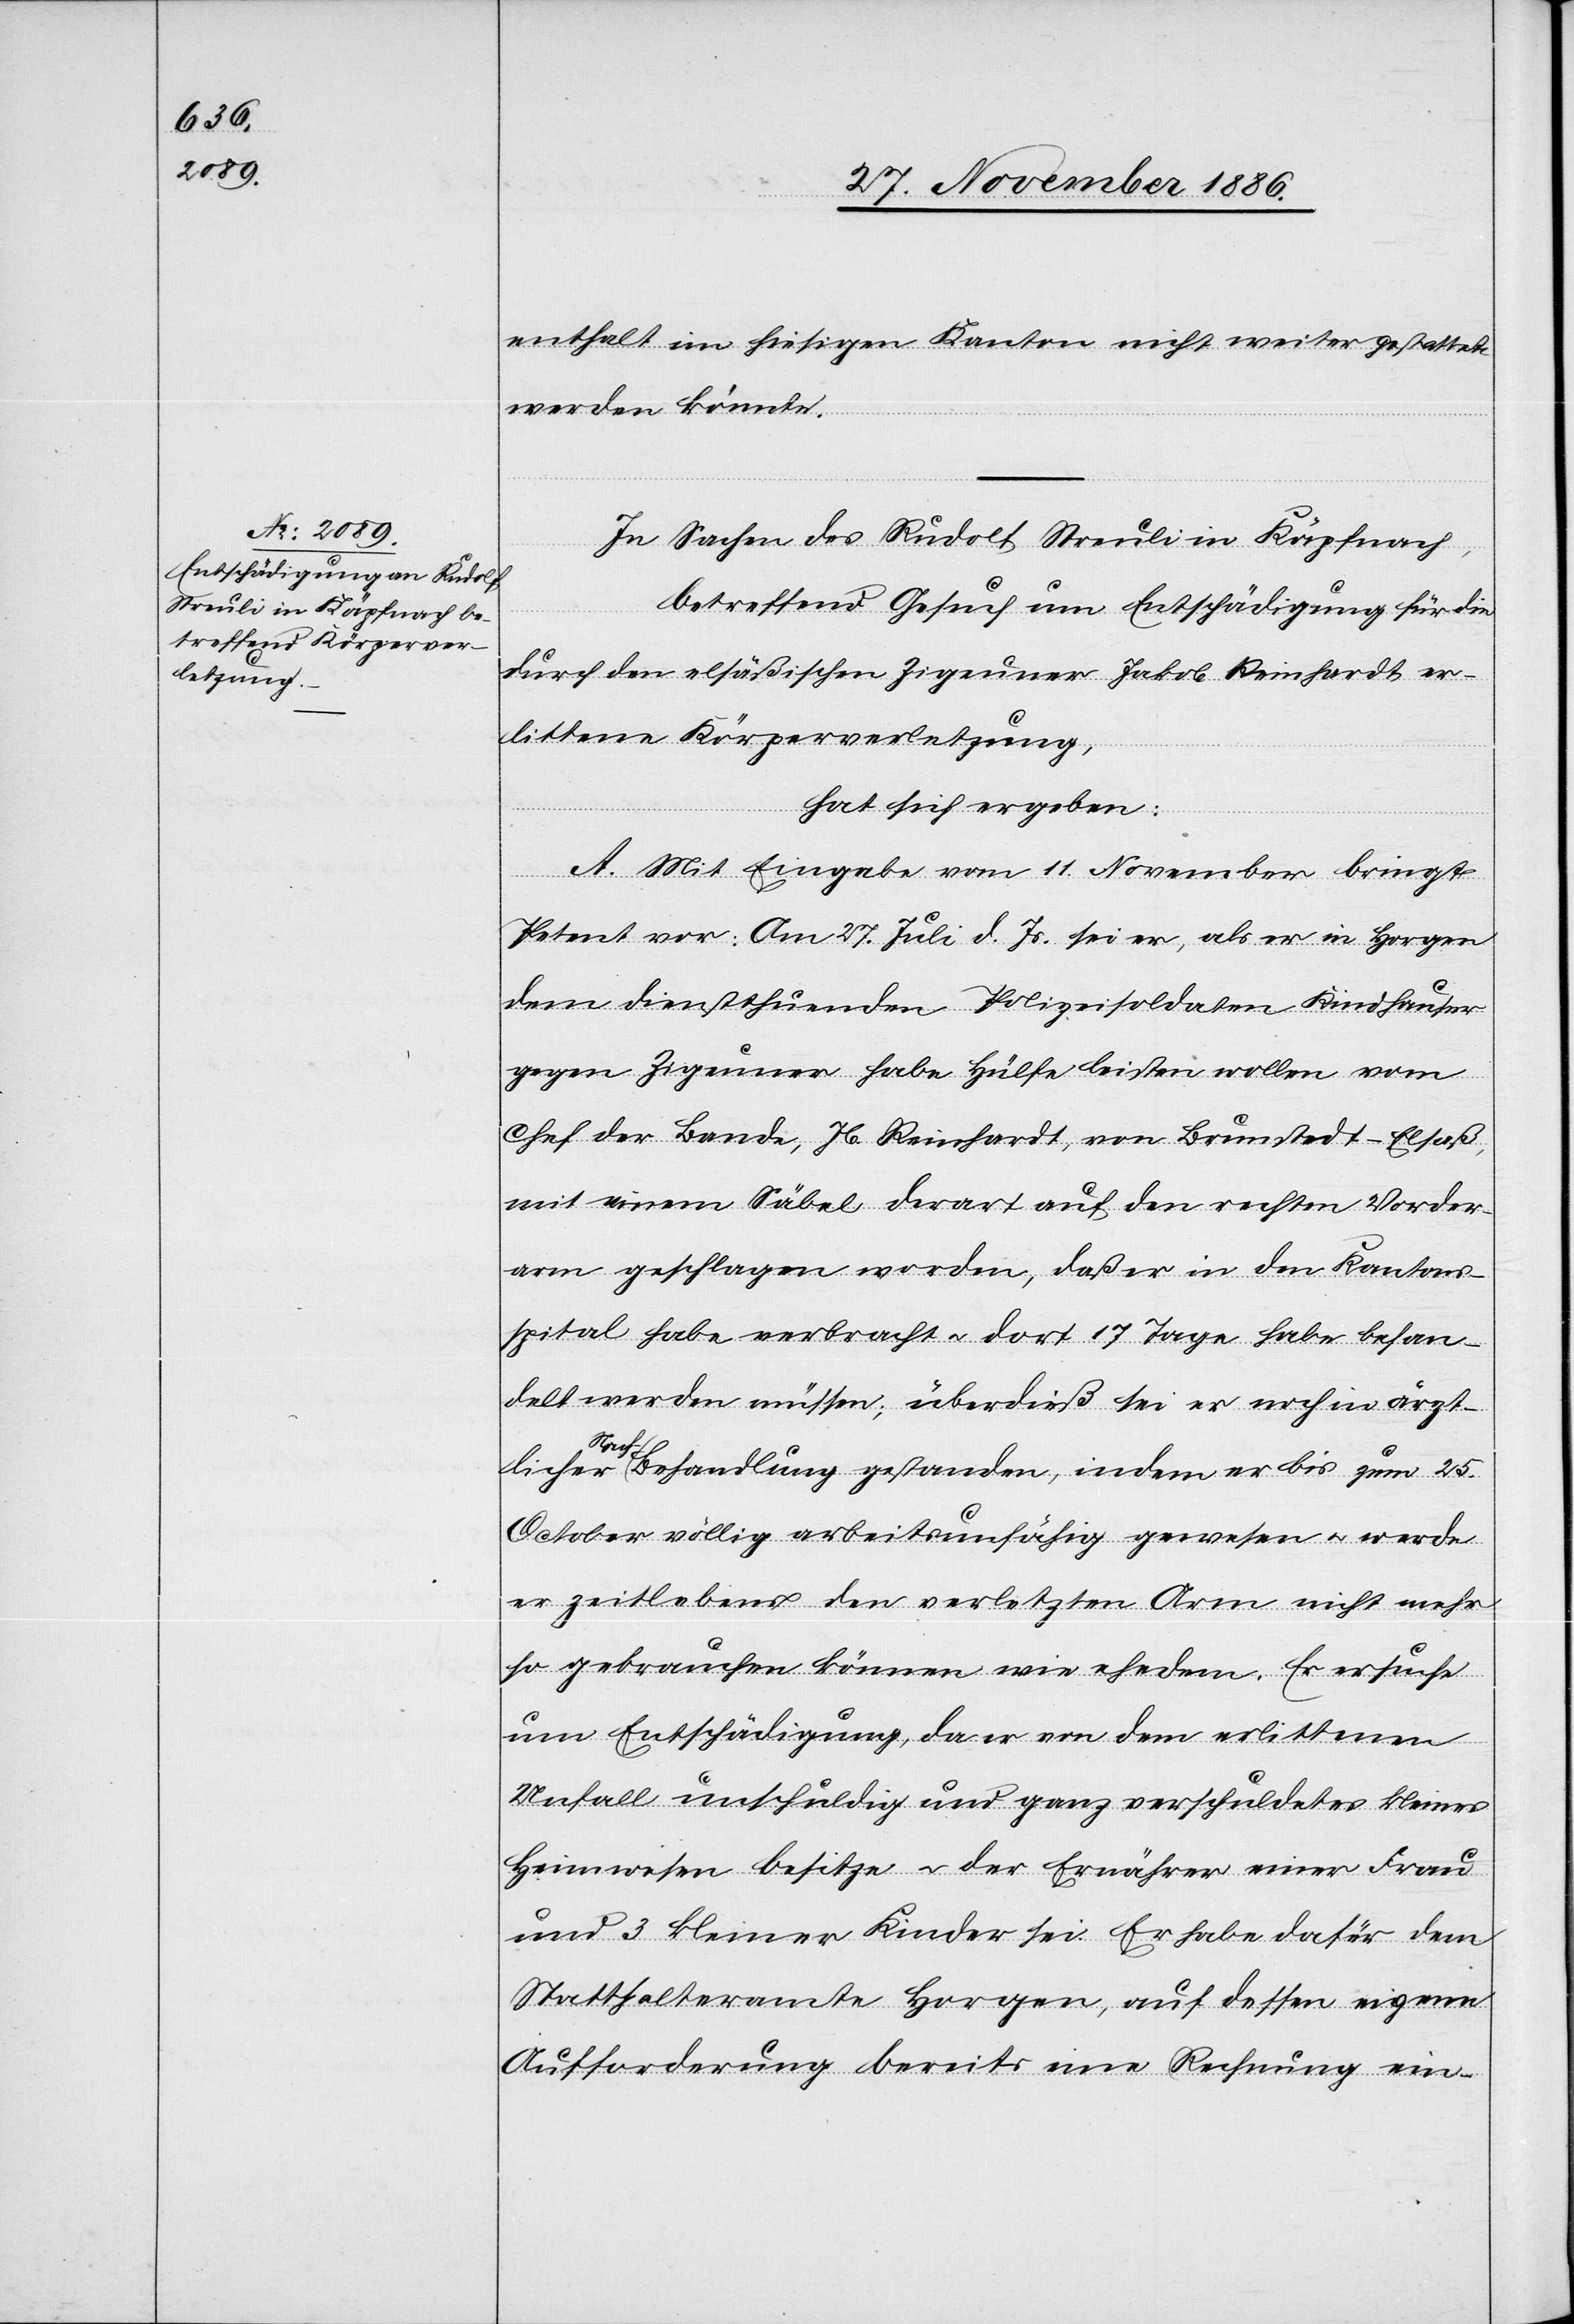
enthalt im hiesigen Kanton nicht weiter gestattet
werden könnte.
& der Ernährer
In Sachen des Rudolf Streuli in Käpfnach,
dafür dem
betreffend Gesuch um Entschädigung für die
durch den elsäßischen Zigeuner Jakob Reinhardt er¬
littene Körperverletzung,
hat sich ergeben:
A. Mit Eingabe vom 11. November bringt
Petent vor: Am 27. Juli d. Js. sei er, als er in Horgen
dem dienstthuenden Polizeisoldaten Kindhauser
gegen Zigeuner habe Hülfe leisten wollen vom
Chef der Bande, Jb. Reinhardt, von Brunstedt - Elsaß,
mit einem Säbel derart auf den rechten Vorder¬
arm geschlagen worden, daß er in den Kantons¬
spital habe verbracht & dort 17 Tage habe behan¬
delt werden müssen; überdieß sei er noch in ärzt¬
besitze
Nach-Behandlung gestanden, indem er bis zum 25.
October völlig arbeitsunfähig gewesen & werde
er zeitlebens den verletzten Arm nicht mehr
so gebrauchen können wie ehedem. Er ersuche
um Entschädigung, da er von dem erlittenen
Unfall unschuldig und ganz verschuldetes kleines
Statthalteramte Horgen, auf dessen eigene
Aufforderung bereits eine Rechnung ein-